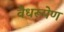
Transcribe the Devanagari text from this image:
वैधरूपेण